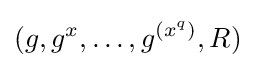
(g,g^{x},\ldots ,g^{(x^{q})},R)